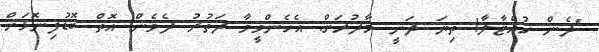
"ދެން ހުއްޓާލާ! ތިޔަ ދަނީ މާދުރަށް. އެހެންވީމާ ދަތުރު ދެވެން އޮތް ބޮޑުފިނޮޅަށް